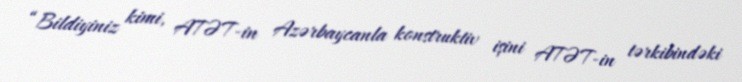
“Bildiyiniz kimi, ATƏT-in Azərbaycanla konstruktiv işini ATƏT-in tərkibindəki